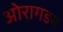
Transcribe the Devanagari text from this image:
ओरागडम